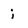
Character: i